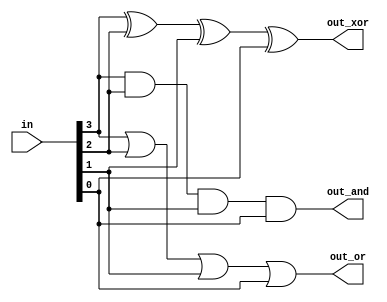
module top_module( 
    input [3:0] in,
    output out_and,
    output out_or,
    output out_xor
);
    
    assign out_and = in[3] & in[2] & in[1] & in[0];
    assign out_or = in[3] | in[2] | in[1] | in[0];
    assign out_xor = in[3] ^ in[2] ^ in[1] ^ in[0];

endmodule